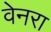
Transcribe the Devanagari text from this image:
वेनरा